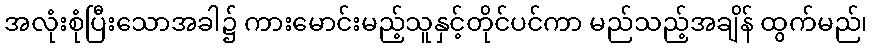
အလုံးစုံပြီးသောအခါ၌ ကားမောင်းမည့်သူနှင့်တိုင်ပင်ကာ မည်သည့်အချိန် ထွက်မည်၊